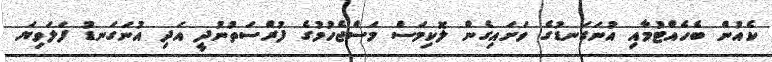
ކެއުން ބެހެއްޓުމާއި އުނަގަނޑުގެ ވަށައިގެން ލޮކިމަސް މަސްޖެހުމުގެ ފުރްސަތުނުދީ އަދި އުނަގަނޑު ފަލަވިޔަ